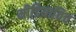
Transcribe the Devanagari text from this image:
मीडियाविच